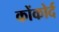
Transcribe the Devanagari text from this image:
कोंकोर्द